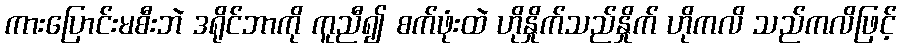
ကားပြောင်းမစီးဘဲ ဒရိုင်ဘာကို ကူညီ၍ စက်ဖုံးထဲ ဟိုနှိုက်သည်နှိုက် ဟိုကလိ သည်ကလိဖြင့်